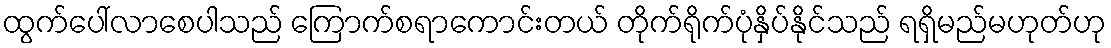
ထွက်ပေါ်လာစေပါသည် ကြောက်စရာကောင်းတယ် တိုက်ရိုက်ပုံနှိပ်နိုင်သည် ရရှိမည်မဟုတ်ဟု